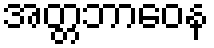
အတ္တဘာဝေန